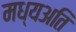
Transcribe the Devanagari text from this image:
मध्यअति